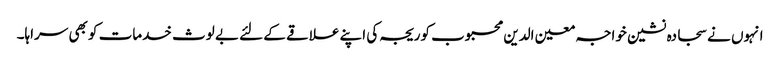
انہوں نے سجادہ نشین خواجہ معین الدین محبوب کوریجہ کی اپنے علاقے کے لئے بے لوث خدمات کو بھی سراہا۔